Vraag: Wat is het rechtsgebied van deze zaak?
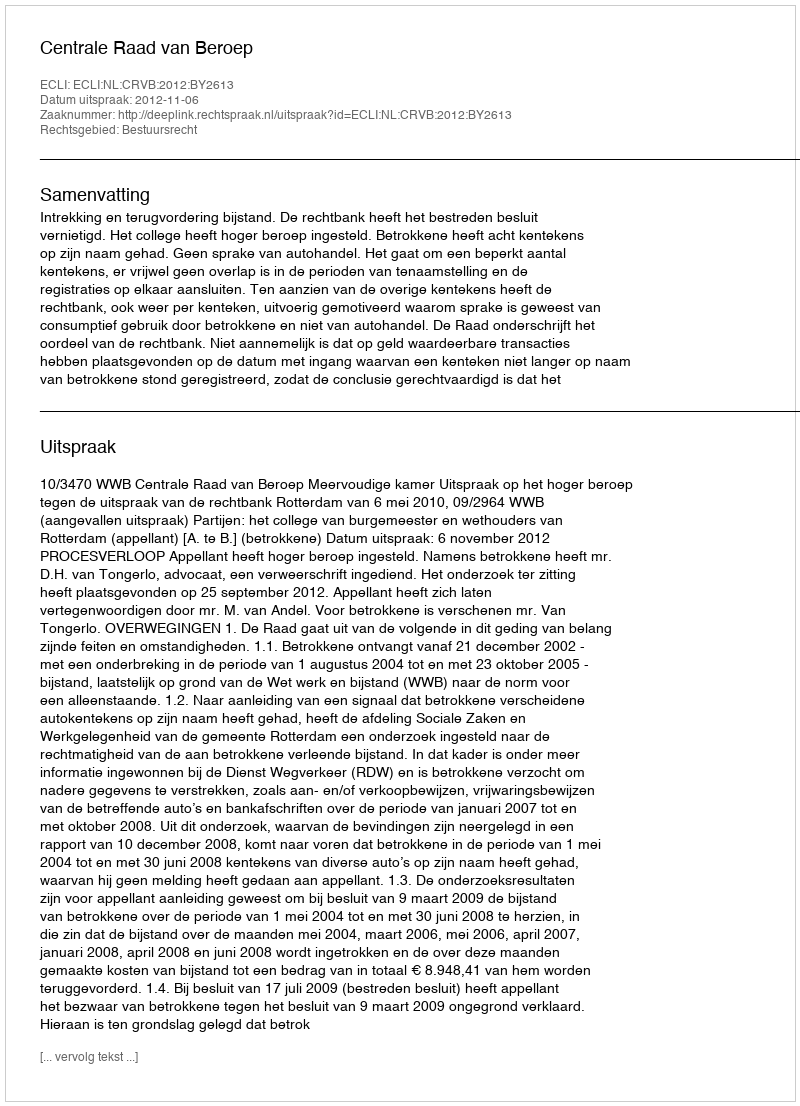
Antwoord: Bestuursrecht